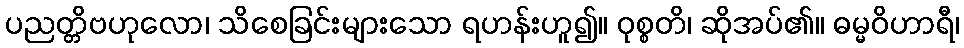
ပညတ္တိဗဟုလော၊ သိစေခြင်းများသော ရဟန်းဟူ၍။ ဝုစ္စတိ၊ ဆိုအပ်၏။ ဓမ္မဝိဟာရီ၊